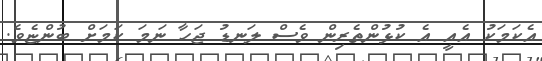
އެކަމަކު އެއީ އެ ކުޅުންތެރިން ވެސް ލަނޑު ޖަހާ ނަމަ ކަމަށް ބުންޏެވެ.